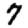
Digit: 7